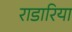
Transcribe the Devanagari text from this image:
राडारिया